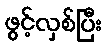
ဖွင့်လှစ်ပြီး